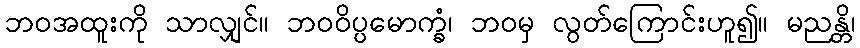
ဘဝအထူးကို သာလျှင်။ ဘဝဝိပ္ပမောက္ခံ၊ ဘဝမှ လွတ်ကြောင်းဟူ၍။ မညန္တိ၊